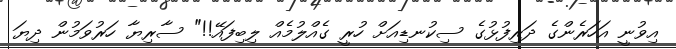
އިވުނީ އަހަރެންގެ ދަރިފުޅުގެ ސިކުނޑިއަށް ހުރީ ގެއްލުމެއް ލިބިފައޭ!!" ސާރިޔާ ހަރުވަމުން ދިޔަ